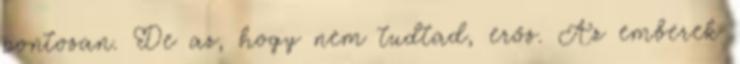
pontosan. De az, hogy nem tudtad, erős. Az emberek